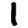
Digit: 1